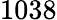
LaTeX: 1038